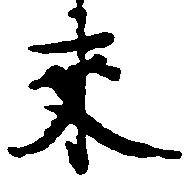
来